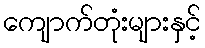
ကျောက်တုံးများနှင့်